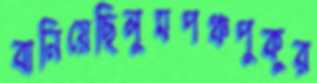
বানিয়েছিলুমপঞ্চপুকুর